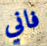
فاني